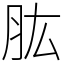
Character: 肱